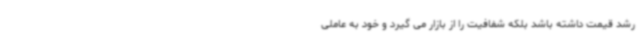
رشد قیمت داشته باشد بلکه شفافیت را از بازار می گیرد و خود به عاملی